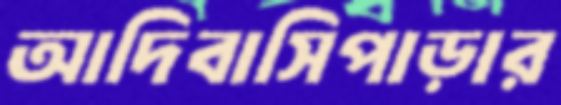
আদিবাসিপাড়ার